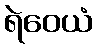
ရဲဝေယံ